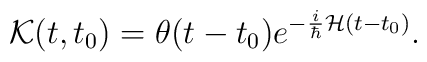
{\cal {K}}(t,t_{0})=\theta (t-t_{0})e^{-\frac{i}{\hbar }{\cal {H}}(t-t_{0})}.